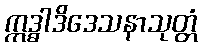
ဣဒ္ဓါဒိဒေသနာသုတ္တံ